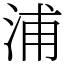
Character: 浦